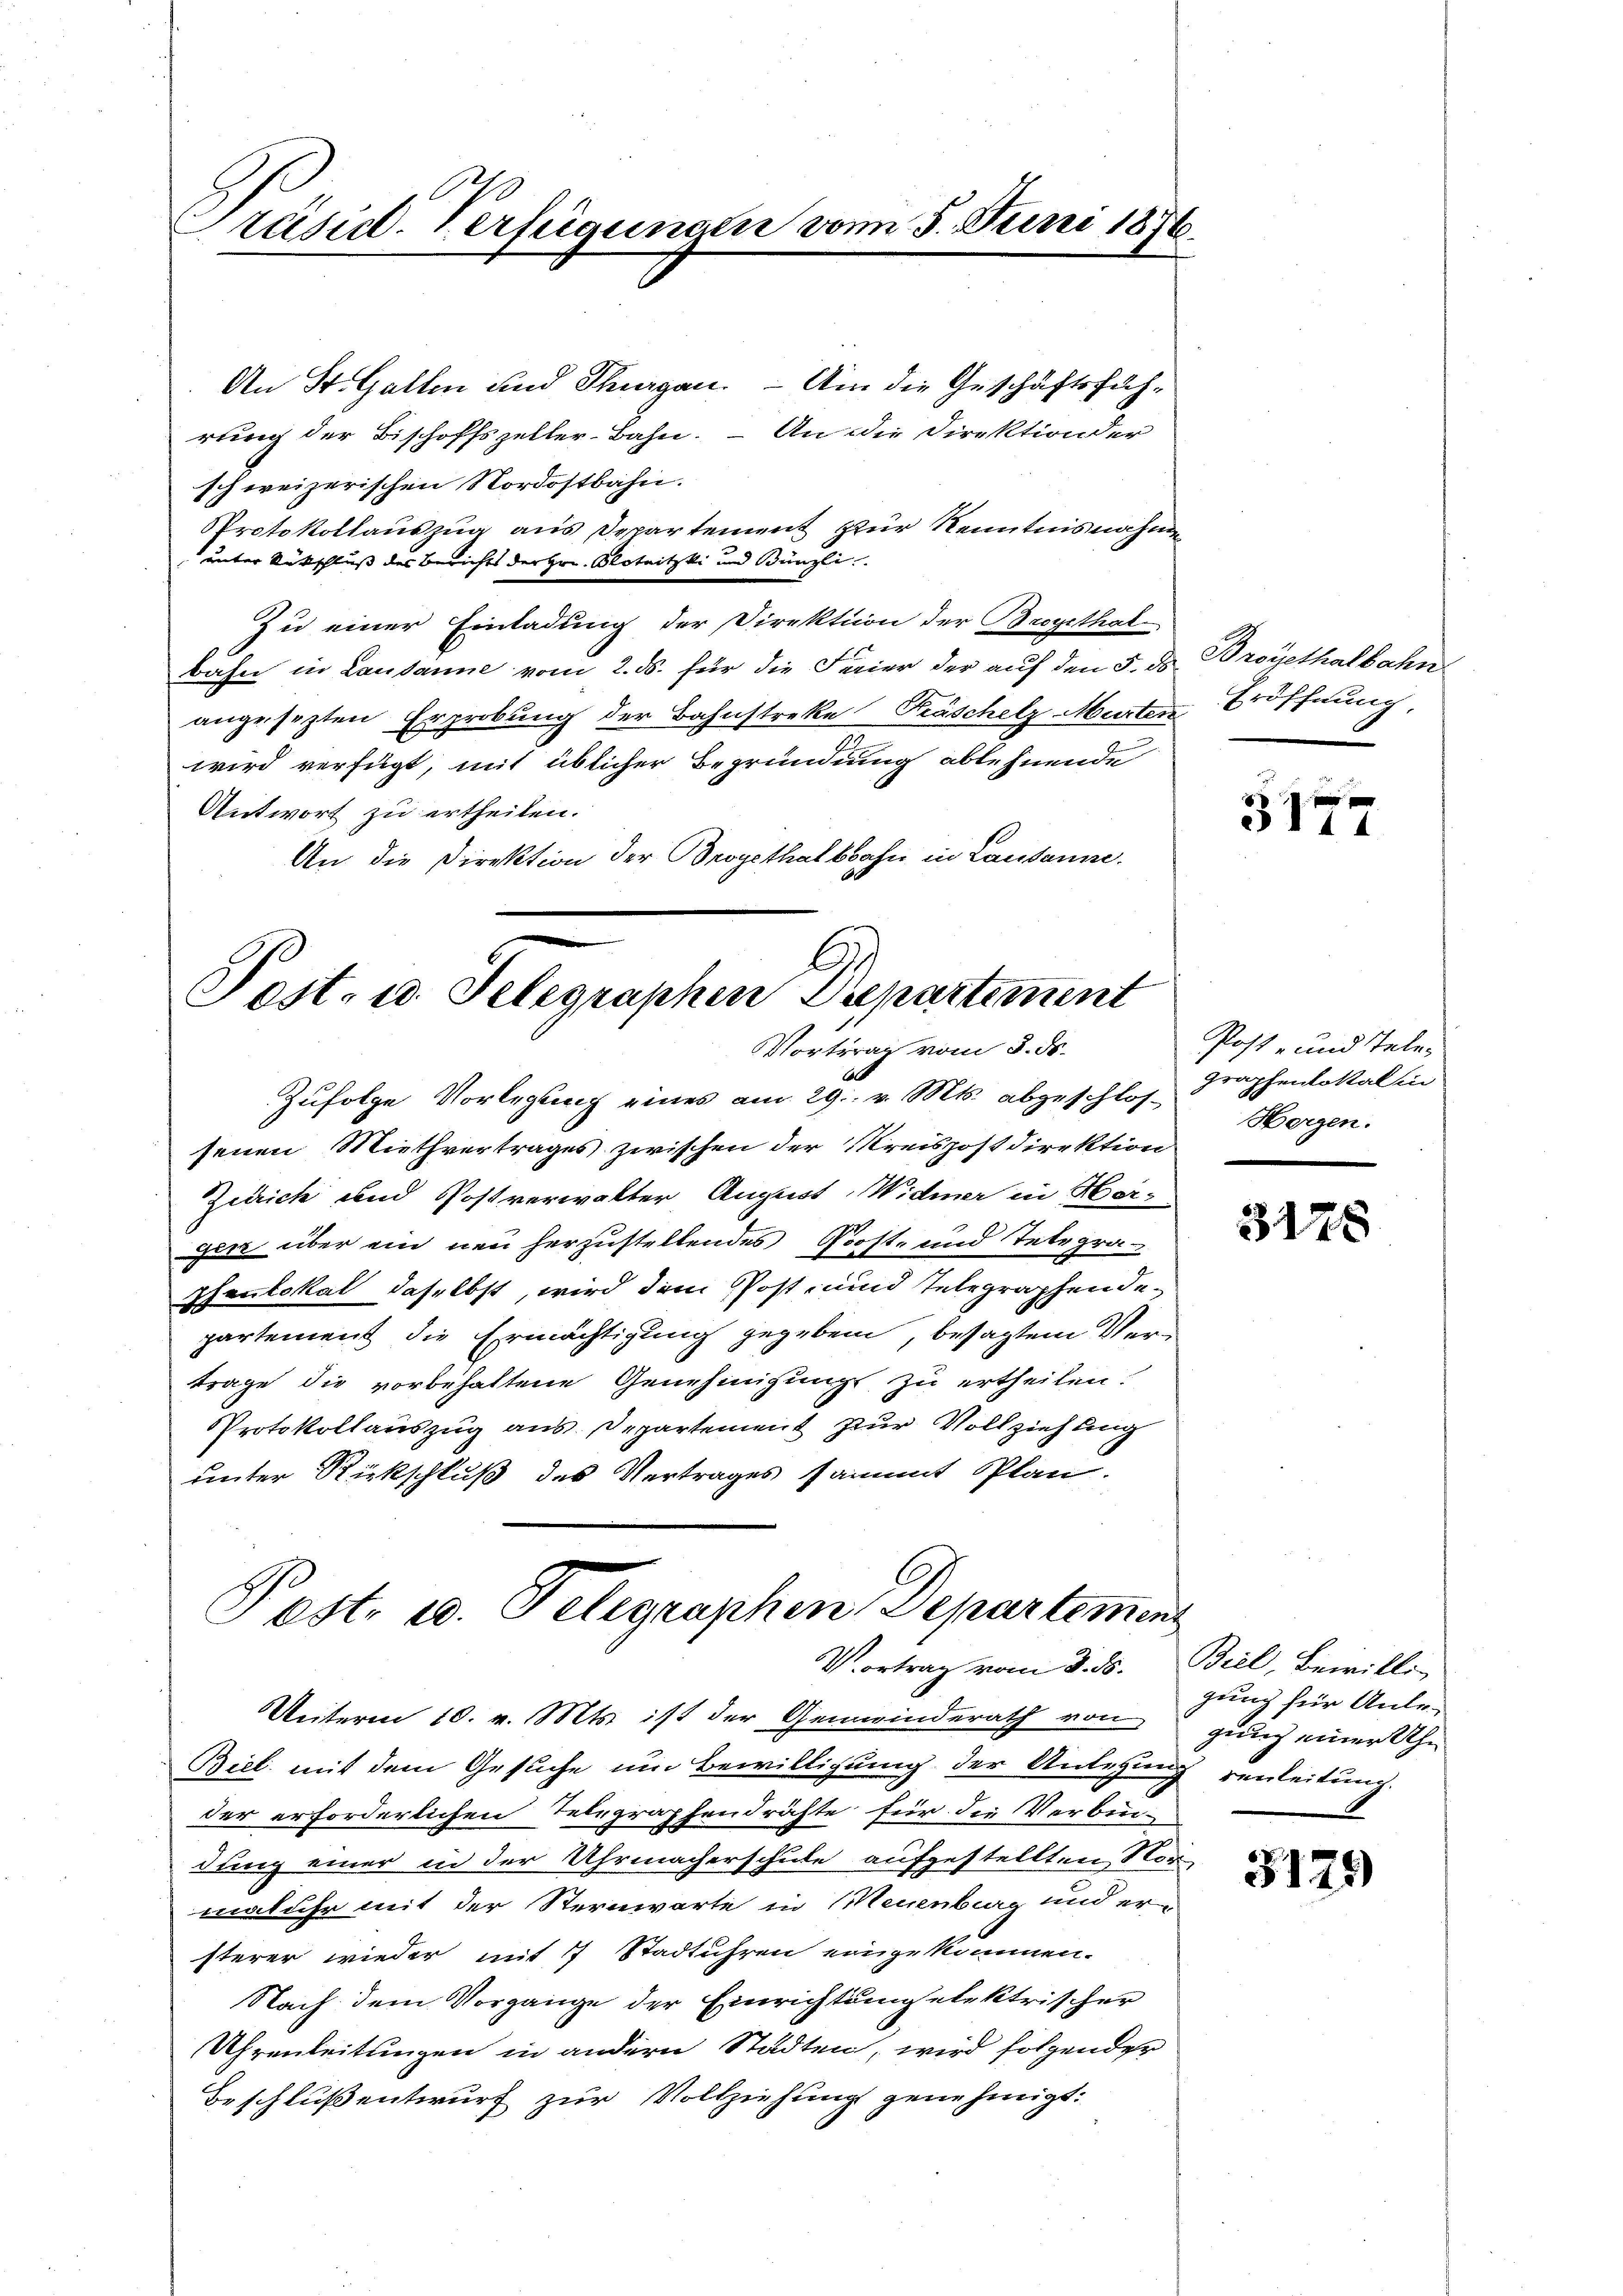
Präsid. Verfügungen vom 5. Juni 1876.

An St. Gallen und Thurgau. — Um die Geschäftsführung der Bischoffszeller-Bahn. – An die Direktion der
schweizerischen Nordostbahn.
PProtokollauszug aus Departement zur Kenntnisnahmen
unter Rückschluss des Berichts der Hrn. Blotnitzki und Bünzli.
Zu einer Einladung der Direktion der Bregethal
bahn in Lausanne vom 2. ds. für die Feier der auf den 5. ds
angesezten Erprobung der Bahnstreke Fräschelz Murten Eröffnung
wird verfügt, mit üblicher Begründung ablehnende
Antwort zu ertheilen.
An die Direktion der Brogethalbahn in Lausanne.

Al
Zufolge Vorlegung eines am 29. v. Mts. abgeschlos- Horgen.
senen Miethvertrages zwischen der Kreispostdirektion
Zürich und Postverwalter August Widmer in Hers
zitz über ein neu herzustellendes Post- und Telegra¬
Phanlokal daselbst, wird dem Post- und Telegraphendepartement die Ermächtigung gegeben, besagtem Vertrage die vorbehaltene Genehmigung zu ertheilen.
Protokollauszug aus. Departement zur Vollziehung
unter Rückschluß des Vertrages sammt Plan.

Post- u. Selegraphen Drepartement
Vortrag vom 8. Fr.

Post. 10. Telegraphen Departement
Vortrag vom 8. ds.
Unterm 10. v. Mts. ist der Gemeinderath von

Broyethalbahn

Biel mit dem Gesuche um Bewilligung der Anlegung verleitung.
der erforderlichen Telegraphendrähte für die Verbin-
dung einer in der Uhrmacherschule aufgestellten Vor-
maluhr mit der Sternwarte in Neuenburg und er
sterer wieder mit 7 Stadtuhren eingekommen.
Nach dem Vorgänge der Einrichtungelektrischer
Uhrenleitungen in andern Städten, wird folgender
Beschluß entwurf zur Vollziehung genehmigt:

d
3177

Post- und Telegraphenlottal in

3175

Biel, Bewillig
gung für Anlegung einer Uhr

3129